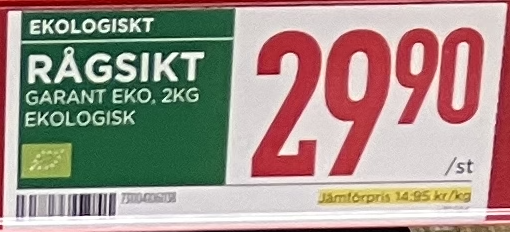
Vara: Rågsikt
Genomsnittspris: 14.95 per kg